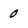
Character: 0